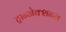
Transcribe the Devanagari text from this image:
ट्रान्जेक्शनल